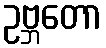
ဥဗ္ဘတော